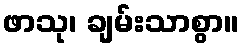
ဖာသု၊ ချမ်းသာစွာ။